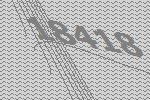
18418